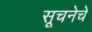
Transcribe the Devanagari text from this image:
सूचनेचे